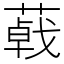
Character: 𦺩